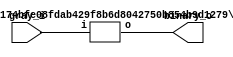
// This program was cloned from: https://github.com/chipsalliance/UHDM-integration-tests
// License: Apache License 2.0

/* Generated by Yosys 0.27+9 (git sha1 101d19bb6, gcc 11.2.0-7ubuntu2 -fPIC -Os) */


module \$paramod$0e174bfe08fdab429f8b6d8042750b854b9d1279\bsg_scan (i, o);
  wire _00_;
  wire _01_;
  wire _02_;
  wire _03_;
  wire _04_;
  wire _05_;
  wire _06_;
  wire _07_;
  wire _08_;
  wire _09_;
  wire _10_;
  wire _11_;
  wire _12_;
  wire _13_;
  wire _14_;
  wire _15_;
  wire _16_;
  wire _17_;
  wire _18_;
  wire _19_;
  wire _20_;
  wire _21_;
  wire _22_;
  wire _23_;
  wire _24_;
  wire _25_;
  wire _26_;
  wire _27_;
  wire _28_;
  wire _29_;
  wire _30_;
  wire _31_;
  wire _32_;
  wire _33_;
  wire _34_;
  wire _35_;
  
  input [15:0] i;
  wire [15:0] i;
  
  output [15:0] o;
  wire [15:0] o;
  
  wire [15:0] \scanN.row[0].fill ;
  wire [14:0] \scanN.row[0].shifted ;
  
  wire [15:0] \scanN.row[1].fill ;
  (* unused_bits = "0 1 2 3 4 5 6 7 8 9 10 11" *)
  wire [13:0] \scanN.row[1].shifted ;
  
  wire [15:0] \scanN.row[2].fill ;
  (* unused_bits = "0 1 2 3 4 5 6 7" *)
  wire [11:0] \scanN.row[2].shifted ;
  
  wire [15:0] \scanN.row[3].fill ;
  
  wire [15:0] \scanN.row[3].shifted ;
  
  (* unused_bits = "16 17 18 19 20 21 22 23 24 25 26 27 28 29 32 33 34 35 36 37 38 39 40 41 42 43 48 49 50 51 52 53 54 55" *)
  wire [79:0] t;
  assign _00_ = i[9] ^ i[8];
  assign _01_ = i[11] ^ i[10];
  assign _02_ = _01_ ^ _00_;
  assign _03_ = ~(i[13] ^ i[12]);
  assign _04_ = ~(i[14] ^ i[15]);
  assign o[12] = _04_ ^ _03_;
  assign o[8] = o[12] ^ _02_;
  assign _05_ = ~(i[1] ^ i[0]);
  assign _06_ = ~(i[3] ^ i[2]);
  assign _07_ = _06_ ^ _05_;
  assign _08_ = ~(i[5] ^ i[4]);
  assign _09_ = ~(i[7] ^ i[6]);
  assign _10_ = ~(_09_ ^ _08_);
  assign _11_ = ~(_10_ ^ _07_);
  assign o[0] = _11_ ^ o[8];
  assign _12_ = i[10] ^ i[9];
  assign _13_ = i[12] ^ i[11];
  assign _14_ = _13_ ^ _12_;
  assign _15_ = ~i[15];
  assign _16_ = ~(i[14] ^ i[13]);
  assign o[13] = _16_ ^ _15_;
  assign o[9] = o[13] ^ _14_;
  assign _17_ = ~(i[2] ^ i[1]);
  assign _18_ = ~(i[4] ^ i[3]);
  assign _19_ = _18_ ^ _17_;
  assign _20_ = ~(i[6] ^ i[5]);
  assign _21_ = ~(i[8] ^ i[7]);
  assign _22_ = ~(_21_ ^ _20_);
  assign _23_ = ~(_22_ ^ _19_);
  assign o[1] = _23_ ^ o[9];
  assign _24_ = _03_ ^ _01_;
  assign o[10] = _24_ ^ _04_;
  assign _25_ = _08_ ^ _06_;
  assign _26_ = _09_ ^ _00_;
  assign _27_ = ~(_26_ ^ _25_);
  assign o[2] = _27_ ^ o[10];
  assign _28_ = _16_ ^ _13_;
  assign o[11] = _28_ ^ _15_;
  assign _29_ = _20_ ^ _18_;
  assign _30_ = _21_ ^ _12_;
  assign _31_ = ~(_30_ ^ _29_);
  assign o[3] = _31_ ^ o[11];
  assign _32_ = ~(_10_ ^ _02_);
  assign o[4] = _32_ ^ o[12];
  assign _33_ = ~(_22_ ^ _14_);
  assign o[5] = _33_ ^ o[13];
  assign o[14] = ~_04_;
  assign _34_ = ~(_26_ ^ _24_);
  assign o[6] = _34_ ^ _04_;
  assign _35_ = ~(_30_ ^ _28_);
  assign o[7] = _35_ ^ _15_;
  assign o[15] = i[15];
  assign \scanN.row[0].fill  = 16'h0000;
  assign \scanN.row[0].shifted  = i[15:1];
  assign \scanN.row[1].fill  = 16'h0000;
  assign \scanN.row[1].shifted [13:12] = { i[15], o[14] };
  assign \scanN.row[2].fill  = 16'h0000;
  assign \scanN.row[2].shifted [11:8] = { i[15], o[14:12] };
  assign \scanN.row[3].fill  = 16'h0000;
  assign \scanN.row[3].shifted  = { 8'h00, i[15], o[14:8] };
  assign { t[79:56], t[47:36], t[31:18], t[15:0] } = { i[15], o[14:0], i[15], o[14:8], i[15], o[14:12], \scanN.row[2].shifted [7:0], i[15], o[14], \scanN.row[1].shifted [11:0], i };
endmodule

(* top =  1  *)

module bsg_gray_to_binary(gray_i, binary_o);
  
  output [15:0] binary_o;
  wire [15:0] binary_o;
  
  input [15:0] gray_i;
  wire [15:0] gray_i;
  (* module_not_derived = 32'd1 *)
  
  \$paramod$0e174bfe08fdab429f8b6d8042750b854b9d1279\bsg_scan  scan_xor (
    .i(gray_i),
    .o(binary_o)
  );
endmodule